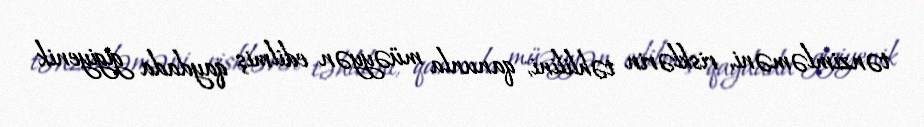
tənzimləməni, risklərin təhlilini, qanunla müəyyən edilmiş qaydada gigiyenik